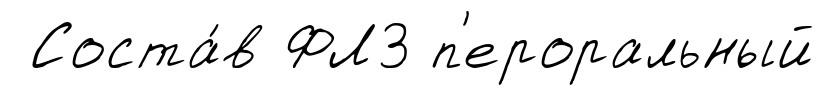
Соста́в ФЛ3 п'ероральный